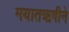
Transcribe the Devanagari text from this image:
मयातऋषीने